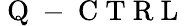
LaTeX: {\mathrm{~Q~-~C~T~R~L~}}